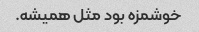
خوشمزه بود مثل همیشه.